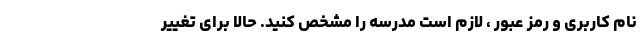
نام کاربری و رمز عبور ، لازم است مدرسه را مشخص کنید. حالا برای تغییر